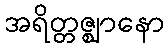
အရိတ္တဇ္ဈာနော